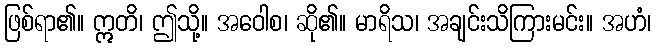
ဖြစ်ရာ၏။ ဣတိ၊ ဤသို့။ အဝေါစ၊ ဆို၏။ မာရိသ၊ အချင်းသိကြားမင်း။ အဟံ၊